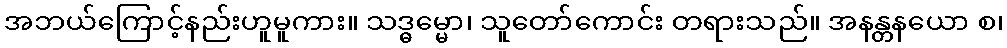
အဘယ်ကြောင့်နည်းဟူမူကား။ သဒ္ဓမ္မော၊ သူတော်ကောင်း တရားသည်။ အနန္တနယော စ၊